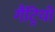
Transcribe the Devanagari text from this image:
गैंट्रियों